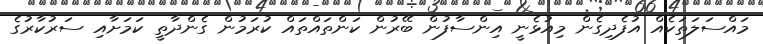
މައްސަލަތަކެއް އުފެދިގެން މިއުޅެނީ އިންސާފުން ބޭރުން ކަންތައްތައް ކުރަމުން ގެންދާތީ ކަމަށާއި ސަރުކާރުގެ